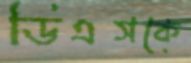
ডিএসকে